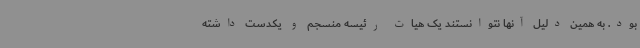
بود. به همین دلیل آنها نتوانستند یک هیات رئیسه منسجم و یکدست داشته